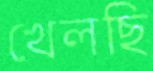
খেলছি